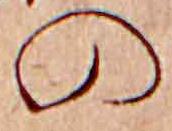
の